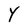
Character: Y